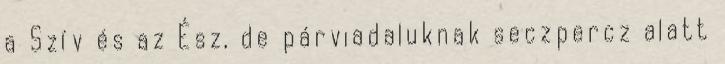
a Szív és az Ész, de párviadaluknak seczpercz alatt